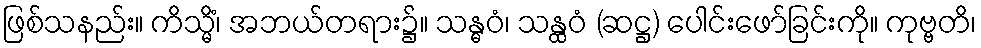
ဖြစ်သနည်း။ ကိသ္မိံ၊ အဘယ်တရား၌။ သန္ဓဝံ၊ သန္ထဝံ (ဆဋ္ဌ) ပေါင်းဖော်ခြင်းကို။ ကုဗ္ဗတိ၊